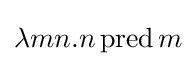
\lambda mn.n\operatorname {pred} m